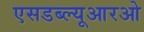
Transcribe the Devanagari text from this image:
एसडब्ल्यूआरओ